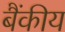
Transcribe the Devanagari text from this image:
बैंकीय